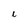
Character: l